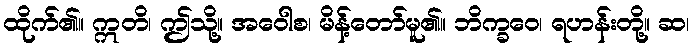
ထိုက်၏။ ဣတိ၊ ဤသို့။ အဝေါစ၊ မိန့်တော်မူ၏။ ဘိက္ခဝေ၊ ရဟန်းတို့။ ဆ၊